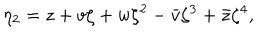
\eta _ { 2 } = z + v \zeta + w \zeta ^ { 2 } - \bar { v } \zeta ^ { 3 } + \bar { z } \zeta ^ { 4 } ,